Report on vaccination in the Province of Bengal - 1874-1889
Year: 1874
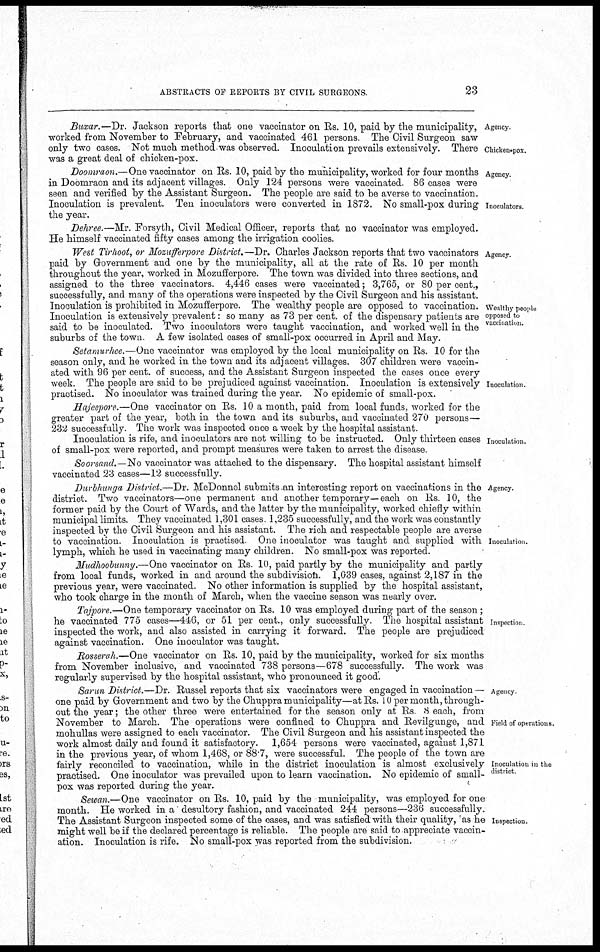
ABSTRACTS OF REPORTS BY CIVIL SURGEONS
23
Agency.
Chicken-pox.
Buxar.—Dr. Jackson reports that one vaccinator on Rs. 10, paid by the municipality,
worked from November to February, and vaccinated 461 persons. The Civil Surgeon saw
only two cases. Not much method was observed. Inoculation prevails extensively. There
was a great deal of chicken-pox.
Agency.
Inoculators.
Doomraon.—One vaccinator on Rs. 10, paid by the municipality, worked for four months
in Doomraon and its adjacent villages. Only 124 persons were vaccinated 86 cases were
seen and verified by the Assistant Surgeon. The people are said to be averse to vaccination.
Inoculation is prevalent. Ten inoculators were converted in 1872. No small-pox during
the year.
Dehree.—Mr. Forsyth, Civil Medical Officer, reports that no vaccinator was employed.
He himself vaccinated fifty cases among the irrigation coolies.
Agency.
Wealthy people
opposed to
vaccination.
West Tirhoot, or Mosufferpore District.—Dr. Charles Jackson reports that two vaccinators
paid by Government and one by the municipality, all at the rate of Rs. 10 per month
throughout the year, worked in Mozufferpore. The town was divided into three sections, and
assigned to the three vaccinators. 4,446 cases were vaccinated; 3,765, or 80 per cent.,
successfully, and many of the operations were inspected by the Civil Surgeon and his assistant.
Inoculation is prohibited in Mozufferpore. The wealthy people are opposed to vaccination.
Inoculation is extensively prevalent: so many as 73 per cent. of the dispensary patients are
said to be inoculated. Two inoculators were taught vaccination, and worked well in the
suburbs of the town. A few isolated cases of small-pox occurred in April and May.
Inoculation.
Setamurhee.—One vaccinator was employed by the local municipality on Rs. 10 for the
season only, and he worked in the town and its adjacent villages. 307 children were vaccin-
ated with 96 per cent. of success, and the Assistant Surgeon inspected the cases once every
week. The people are said to be prejudiced against vaccination. Inoculation is extensively
practised. No inoculator was trained during the year. No epidemic of small-pox.
Inoculation.
Hajeepore.—One vaccinator on Rs. 10 a month, paid from local funds, worked for the
greater part of the year, both in the town and its suburbs, and vaccinated 270 persons—
232 successfully. The work was inspected once a week by the hospital assistant.
Inoculation is rife, and inoculators are not willing to be instructed. Only thirteen cases
of small-pox were reported, and prompt measures were taken to arrest the disease.
Soorsand.—No vaccinator was attached to the dispensary. The hospital assistant himself
vaccinated 23 cases—12 successfully.
Agency.
Inoculation.
Durbhunga District.—Dr. McDonnel submits an interesting report on vaccinations in the
district. Two vaccinators—one permanent and another temporary—each on Rs 10, the
former paid by the Court of Wards, and the latter by the municipality, worked chiefly within
municipal limits. They vaccinated 1,301 cases 1,235 successfully, and the work was constantly
inspected by the Civil Surgeon and his assistant. The rich and respectable people are averse
to vaccination. Inoculation is practised. One inoculator was taught and supplied with
lymph, which he used in vaccinating many children. No small-pox was reported.
Mudhoobunny.—One vaccinator on Rs 10, paid partly by the municipality and partly
from local funds, worked in and around the subdivision. 1,039 cases, against 2,187 in the
previous year, were vaccinated. No other information is supplied by the hospital assistant,
who took charge in the month of March, "when the vaccine season was nearly over.
Inspection.
Tajpore.—One temporary vaccinator on Rs. 10 was employed during part of the season;
he vaccinated 775 cases—446, or 51 per cent., only successfully. The hospital assistant
inspected the work, and also assisted in carrying it forward. The people are prejudiced
against vaccination. One iuoculator was taught.
Rosserah.—One vaccinator on Us. 10, paid by the municipality, worked for six months
from November inclusive, and vaccinated 738 persons—678 successfully. The work was
regularly supervised by the hospital assistant, who pronounced it good.
Agency
Field of operations.
Inoculation in the
district
Sarun District.—Dr. Russel reports that six vaccinators were engaged in vaccination —
one paid by Government and two by the Chuppra municipality—at Rs. 10 per month, through-
out the year; the other three were entertained for the season only at Rs 8 each, from
November to March. The operations were confined to Chuppra and Revilgunge, and
mohullas were assigned to each vaccinator. The Civil Surgeon and his assistant inspected the
work almost daily and found it satisfactory. 1,654 persons were vaccinated, against 1,871
in the previous year, of whom 1,468, or 88.7, were successful. The people of the town are
fairly reconciled to vaccination, while in the district inoculation is almost exclusively
practised. One inoculator was prevailed upon to learn vaccination. No epidemic of small-
pox was reported during the year.
Inspection.
Sewan.—One vaccinator on Rs. 10, paid by the municipality, was employed for one
month. He worked in a desultory fashion, and vaccinated 244 persons—236 successfully.
The Assistant Surgeon inspected some of the cases, and was satisfied with their quality, as he
might well be if the declared percentage is reliable. The people are said to appreciate vaccin-
ation. Inoculation is rife. No small-pox was reported from the subdivision.